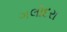
ગલોદરા